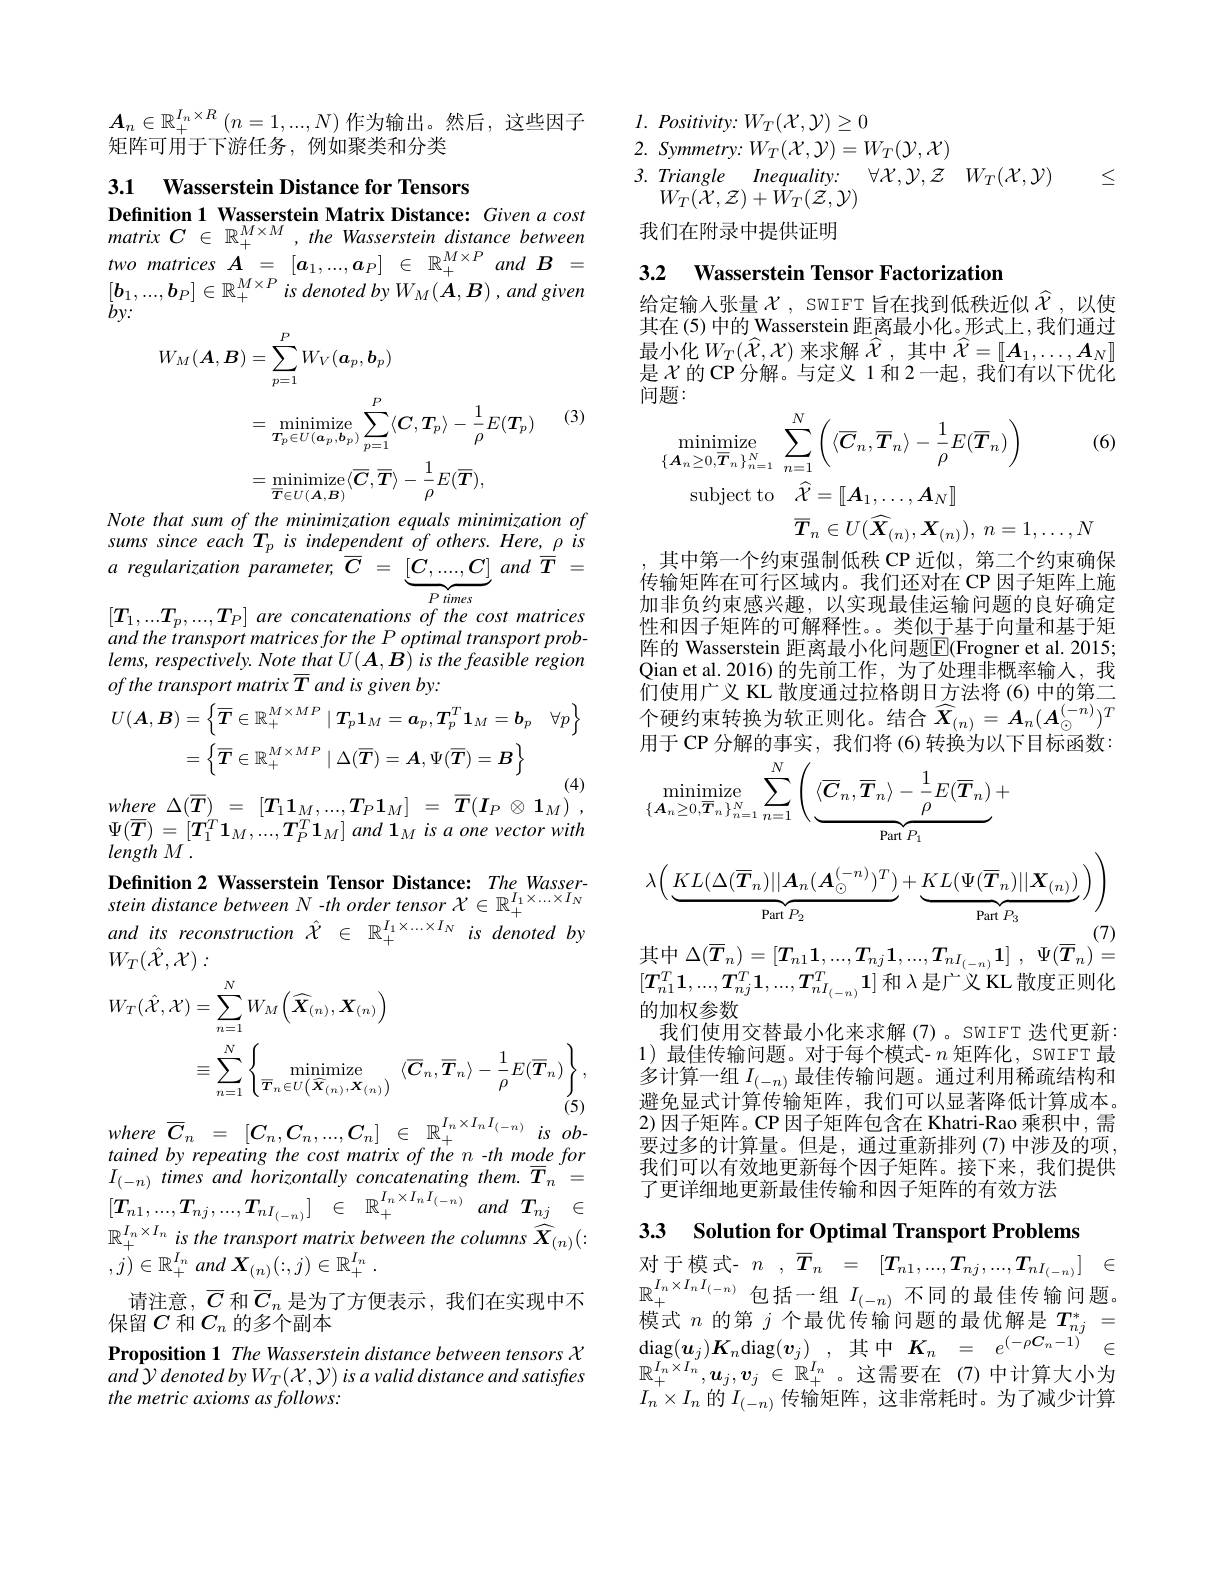
$\boldsymbol{A}_n\in\mathbb{R}_+^{I_n\times R}\left(n=1,...,N\right)$作为输出。然后，这些因子
矩阵可用于下游任务，例如聚类和分类

3.1 Wasserstein Distance for Tensors

$\begin{array}{l}\textbf{Definition 1}&\textbf{Wasserstein Matrix Distance: Given a cost}\\matrix&C&\in&\mathbb{R}_+^{M\times M},the&Wasserstein&distance&between\end{array}$ $\begin{array}{ll}{two}{matrices}{\boldsymbol{A}^{\prime}=}&{[a_1,...,\boldsymbol{a}_P]}&{\in}&{\mathbb{R}^{M\times P}}{and}{\boldsymbol{B}}&{=}\\{[\boldsymbol{b}_1,...,\boldsymbol{b}_P]\in\mathbb{R}_+^{M\times P}}&{is\:denoted\:by\:W_M(\boldsymbol{A},\boldsymbol{B})\:,and\:given}\\{by:}&{(and\:given}\\\end{array}$
$$\begin{aligned}W_{M}(\boldsymbol{A},\boldsymbol{B})&=\sum_{p=1}^{P}W_{V}(\boldsymbol{a}_{p},\boldsymbol{b}_{p})\\&=\operatorname*{minimize}_{T_{p}\in U(\boldsymbol{a}_{p},\boldsymbol{b}_{p})}\sum_{p=1}^{P}\langle\boldsymbol{C},\boldsymbol{T}_{p}\rangle-\frac{1}{\rho}E(\boldsymbol{T}_{p})\\&=\operatorname*{minimize}_{\overline{T}\in U(\boldsymbol{A},\boldsymbol{B})}\langle\overline{\boldsymbol{C}},\overline{\boldsymbol{T}}\rangle-\frac{1}{\rho}E(\overline{\boldsymbol{T}}),\\\end{aligned}$$
(3)

Note that sum of the minimization equals minimization of sums since each Tp is independent of others. Here, $\underline{\rho}$ is $a$ regularization $parameter$, $\overline {C}$ = $\underbrace{[ C, . . . . , C] }_{D_{\mathrm{~timac}}}$ and $\overline {T}$ : $[T_{1},...T_{p},...,T_{P}]$ are concatenations of the cost matrices and the transport matrices for the P optimal transport prob- $lems,respectively.NotethatU(\boldsymbol{A},\boldsymbol{B})isthefeasibleregion$ $ofthe\textit{ transport matrix }\overline {T}$ and is given by:
$$\begin{aligned}U(\boldsymbol{A},\boldsymbol{B})&=\left\{\overline{T}\in\mathbb{R}_{+}^{M\times MP}\mid\boldsymbol{T}_{p}\mathbf{1}_{M}=\boldsymbol{a}_{p},\boldsymbol{T}_{p}^{T}\mathbf{1}_{M}=\boldsymbol{b}_{p}\quad\forall p\right\}\\&=\left\{\overline{T}\in\mathbb{R}_{+}^{M\times MP}\mid\Delta(\overline{T})=\boldsymbol{A},\Psi(\overline{T})=\boldsymbol{B}\right\}\end{aligned}$$
$$\Delta(\overline{T})\:=\:[\boldsymbol{T}_{1}\boldsymbol{1}_{M},...,\boldsymbol{T}_{P}\boldsymbol{1}_{M}]\:=\:\overline{\boldsymbol{T}}(\boldsymbol{I}_{P}\:\otimes\:\boldsymbol{1}_{M})$$
where
$\Psi(\overline{T})=[T_{1}^{T}1_{M},...,T_{P}^{T}1_{M}]$ and $1_{M}$ is a one vector with
$lengthM^{\circ}.$
Definition 2 Wasserstein Tensor Distance: The Wasserstein distance between N -th order tensor $\chi\in\mathbb{R}_+^{I_1\times\ldots\times I_N}$ and its reconstruction $\hat{\chi}\in\mathbb{R}_+^{I_1\times\ldots\times I_N}$ is denoted by $W_{T}(\hat{\mathcal{X}},\mathcal{X}):$
$$\begin{aligned}W_{T}(\hat{\mathcal{X}},\mathcal{X})&=\sum_{n=1}^{N}W_{M}\left(\widehat{\boldsymbol{X}}_{(n)},\boldsymbol{X}_{(n)}\right)\\&\equiv\sum_{n=1}^{N}\left\{\operatorname*{minimize}_{\overline{\boldsymbol{T}}_{n}\in U\left(\widehat{\boldsymbol{X}}_{(n)},\boldsymbol{X}_{(n)}\right)}\langle\overline{\boldsymbol{C}}_{n},\overline{\boldsymbol{T}}_{n}\rangle-\frac{1}{\rho}E(\overline{\boldsymbol{T}}_{n})\right\},\end{aligned}$$
where $\overline {C}_{n}$ = $[ C_{n}, C_{n}, . . . , C_{n}]$ $\in$ $\mathbb{R} _{+ }^{I_{n}\times I_{n}I_{( - n) }}$ $is$ $ob-$ tained by repeating the cost matrix of the n -th mode for $I_{(-n)}$ times and horizontally concatenating them. $\overline{T}_{n}=$ $[ \boldsymbol{T}_{n1}, . . . , \boldsymbol{T}_{nj}, . . . , \boldsymbol{T}_{nI_{( - n) }}]$ $\in$ $\mathbb{R} _{+ }^{I_{n}\times I_{n}I_{( - n) }}$ and $\boldsymbol{T}_{nj}$ $\in$ $\mathbb{R}_{+}^{I_{n}\times I_{n}}$ is the transport matrix between the columns $\overset{\cdot}{\operatorname*{\widehat{X}}}_{(n)}(:$ $, j) \in \mathbb{R} _+ ^{I_n}$ and $X_{( n) }( : , j) \in \mathbb{R} _+ ^{I_n}$ .
请注意，$\overline{C}$ 和$\overline{C}_n$ 是为了方便表示，我们在实现中不
保留$C$和$C_n$的多个副本
Proposition 1 The Wasserstein distance between tensors X and Y denoted by $W_T( \mathcal{X} , \mathcal{Y} ) \textit{is a valid distance and satisfres}$ the metric axioms as follows:

$l.$ $Positivity: W_{T}( \mathcal{X} , \mathcal{Y} ) \geq 0$
2. $Symmetry{: }$ $W_{T}( \mathcal{X} , \mathcal{Y} ) = W_{T}( \mathcal{Y} , \mathcal{X} )$
$\begin{array}{ll}{3.~Triangle~Inequality:}&{\forall\mathcal{X},\mathcal{Y},\mathcal{Z}}&{W_T(\mathcal{X},\mathcal{Y})}\\{W_T(\mathcal{X},\mathcal{Z})+W_T(\mathcal{Z},\mathcal{Y})}\end{array}$

$\leq$

我们在附录中提供证明

### 3.2 Wasserstein Tensor Factorization

给定输入张量$\mathcal{X}$, SWIFT 旨在找到低秩近似$\hat{\mathcal{X}}$,以使其在(5) 中的 Wasserstein 距离最小化。形式上，我们通过最小化$W_T(\hat{\mathcal{X}},\mathcal{X})$来求解$\hat{\mathcal{X}}$,其中$\hat{\mathcal{X}}=[[A_1,\ldots,\boldsymbol{A}_N]]$ 是$\chi$的CP分解。与定义 1和 2一起，我们有以下优化
$$\begin{aligned}&\text{小心}\\&\operatorname*{minimize}_{\{\boldsymbol{A}_{n}\geq0,\overline{\boldsymbol{T}}_{n}\}_{n=1}^{N}}\sum_{n=1}^{N}\left(\langle\overline{\boldsymbol{C}}_{n},\overline{\boldsymbol{T}}_{n}\rangle-\frac{1}{\rho}E(\overline{\boldsymbol{T}}_{n})\right)&\text{(}\\&\mathrm{subject~to}\quad\widehat{\mathcal{X}}=[[\boldsymbol{A}_{1},\ldots,\boldsymbol{A}_{N}]]\\&\overline{\boldsymbol{T}}_{n}\in U(\widehat{\boldsymbol{X}}_{(n)},\boldsymbol{X}_{(n)}),\:n=1,\ldots,N\\\end{aligned}$$
其中第一个约束强制低秩 CP 近似，第二个约束确保传输矩阵在可行区域内。我们还对在 CP 因子矩阵上施加非负约束感兴趣，以实现最佳运输问题的良好确定性和因子矩阵的可解释性。。类似于基于向量和基于矩阵的 Wasserstein 距离最小化问题$\boxed{\mathrm{F}}($Frogner et al.2015; Qian et al. 2016) 的先前工作，为了处理非概率输入，我们使用广义 KL 散度通过拉格朗日方法将 (6) 中的第二个硬约束转换为软正则化。结合$\widehat{X}_{(n)}=A_n(A_\odot^{(-n)})^T$ 用于 CP 分解的事实，我们将 (6) 转换为以下目标函数：
$$\begin{aligned}&\operatorname*{minimize}_{\{\boldsymbol{A}_{n}\geq0,\overline{\boldsymbol{T}}_{n}\}_{n=1}^{N}}\sum_{n=1}^{N}\left(\underbrace{\langle\overline{\boldsymbol{C}}_{n},\overline{\boldsymbol{T}}_{n}\rangle-\frac{1}{\rho}E(\overline{\boldsymbol{T}}_{n})}_{\mathrm{Part~}P_{1}}+\\&\lambda\Big(\underbrace{KL(\Delta(\overline{\boldsymbol{T}}_{n})||\boldsymbol{A}_{n}(\boldsymbol{A}_{\odot}^{(-n)})^{T})}_{\mathrm{Part~}P_{2}}+\underbrace{KL(\Psi(\overline{\boldsymbol{T}}_{n})||\boldsymbol{X}_{(n)})}_{\mathrm{Part~}P_{3}}\Big)\Big)\\&&\text{(7)}\\&&\text{一}\\&&\text{一}\\&&\text{一}\\&&\text{一}\\&&\text{一}\\&&\text{一}\\&&\text{一}\\&&\text{一}\\&&\text{一}\\&&\text{一}\\&&\text{一}\\&&\text{一}\\&&\text{一}\\&&\text{一}\\&&\text{一}\\&&\text{一}\\&&\text{一}\\&&\text{一}\\&&\text{一}\\&&\text{一}\\&&\text{一}\\&&\text{一}\\&&\text{一}\\&&\text{一}\\&&\text{一}\\&&\text{一}\\&&\text{一}\\&&\text{一}\\&&\text{一}\\&&\text{一}\\&&\text{一}\\&&\text{一}\\&&\text{一}\\&&\text{一}\\&&\text{一}\\&&\text{一}\\&&\text{一}\\&&\text{一}\\&&\text{一}\\&&\text{一}\\&&\text{一}\\&&\text{一}\\&&\text{一}\\&&\text{一}\\&&\text{一}\\&&\text{一}\\&&\text{一}\\&&\text{一}\\&&\text{一}\\&&\text{一}\\&&\text{一}\\&&\text{一}\\&&\text{一}\\&&\text{一}\\&&\text{一}\\&&\text{一}\\&&\text{一}\\&&\text{一}\\&&\text{一}\\&&\text{一}\\&&\text{一}\\&&\text{一}\\&&\text{一}\\&&\text{一}\\&&\text{一}\\&&\text{一}\\&&\text{一}\\&&\text{一}\\&&\text{一}\\&&\text{一}\\&&\text{一}\\&&\text{一}\\&&\text{一}\\&&\text{一}\\&&\text{一}\\&&\text{一}\\&&\text{一}\\&&\text{一}\\&&\text{一}\\&&\text{一}\\&&\text{一}\\&&\text{一}\\&&\text{一}\\&&\text{一}\\&&\text{一}\\&&\text{一}\\&&\text{一}\\&&\text{一}\\&&\text{一}\\&&\text{一}\\&&\text{一}\\&&\text{一}\\&&\text{一}\\&&\text{一}\\&&\text{一}\\&&\text{一}\\&&\text{一}\\&&\text{一}\\&&\text{一}\\&&\text{一}\\&&\text{一}\\&&\text{一}\\&&\text{一}\\&&\text{一}\\&&\text{一}\\&&\text{一}\\&&\text{一}\\&&\text{一}\\&&\text{一}\\&&\text{一}\\&&\text{一}\\&&\text{一}\\&&\text{一}\\&&\text{一}\\&&\text{一}\\&&\text{一}\\&&\text{一}\\&&\text{一}\\&&\text{一}\\&&\text{一}\\&&\text{一}\\&&\text{一}\\&&\text{一}\\&&\text{一}\\&&\text{一}\\&&\text{一}\\&&$$
其中$\Delta ( \overline {T}_n) = [ T_{n1}1, . . . , T_{nj}1, . . . , T_{nI_{( - n) }}1]$ , $\Psi ( \overline {T}_n) =$

$[T_{n1}^{T}\mathbf{1},...,T_{nj}^{T}\mathbf{1},...,T_{nI_{(-n)}}^{T}\mathbf{1}]$和$\lambda$是广义KL 散度正则化
的加权参数
我们使用交替最小化来求解(7)。SWIFT 迭代更新： 1)最佳传输问题。对于每个模式- $n$矩阵化，SWIFT 最多计算一组$I_(-n)$ 最佳传输问题。通过利用稀疏结构和避免显式计算传输矩阵，我们可以显著降低计算成本。2)因子矩阵。CP因子矩阵包含在 Khatri-Rao 乘积中，需要过多的计算量。但是，通过重新排列(7)中涉及的项， 我们可以有效地更新每个因子矩阵。接下来，我们提供了更详细地更新最佳传输和因子矩阵的有效方法

3.3 Solution for Optimal Transport Problems

对于模式-$n$ $, \overline {T}_n$ = $[ T_{n1}, . . . , T_{nj}, . . . , T_{nI_{( - n) }}]$ $\in$

$\mathbb{R}_{+}^{I_{n}\times I_{n}I_{(-n)}}$包括一组$I_(-n)$不同的最佳传输问题模式$n$的第$j$个最优传输问题的最优解是$T_nj^*=$ $\operatorname*{diag}(\boldsymbol{u}_{j})\boldsymbol{K}_{n}$diag$( \boldsymbol{v}_{j})$ , 其中$\begin{array}{rcl}\boldsymbol{K}_{n}&=&e^{(-\rho\boldsymbol{C}_{n}-1)}\\\end{array}\in$ $\mathbb{R}_{+}^{I_{n}\times I_{n}},\boldsymbol{u}_{j},\boldsymbol{v}_{j}\in\mathbb{R}_{+}^{I_{n}}$。这需要在(7)中计算大小为$I_n\times I_n$ 的$I_(-n)$ 传输矩阵，这非常耗时。为了减少计算